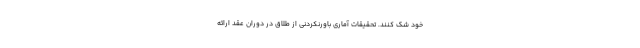
خود شک کنند. تحقیقات آماری باورنکردنی از طلاق در دوران عقد ارائه